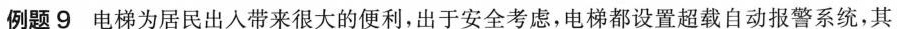
例题9电梯为居民出人带来很大的便利，出于安全考虑，电梯都设置超载自动报警系统，其